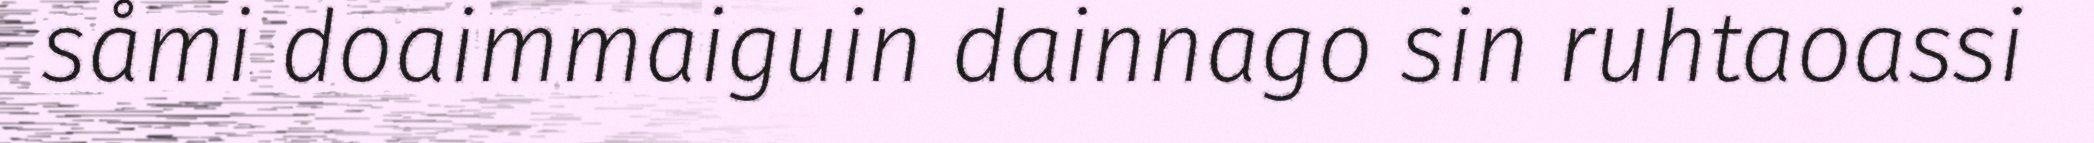
såmi doaimmaiguin dainnago sin ruhtaoassi